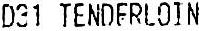
D31 TENDERLOIN